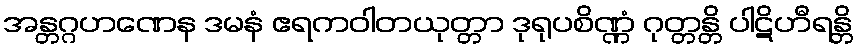
အန္တဂ္ဂဟဏေန ဒမနံ ဧရကဝါတယုတ္တာ ဒုရုပစိဏ္ဏံ ဂုတ္တန္တိ ပါဋိဟီရန္တိ